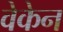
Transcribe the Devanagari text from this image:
वेकेन